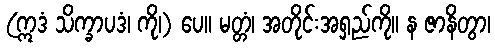
(ဣဒံ သိက္ခာပဒံ၊ ကို၊) ပေ။ မတ္တံ၊ အတိုင်းအရှည်ကို။ န ဇာနိတွာ၊